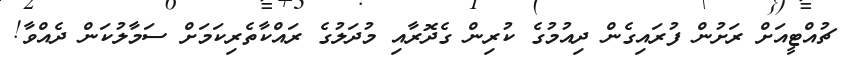
ޗުއްޓީއަށް ރަށުން ފުރައިގެން ދިއުމުގެ ކުރިން ގެދޮރާއި މުދަލުގެ ރައްކާތެރިކަމަށް ސަމާލުކަން ދެއްވާ!